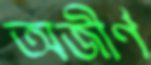
অজীর্ণ